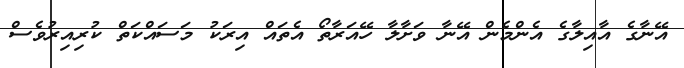
އޭނާގެ އާއިލާގެ އެންމެން އޭނާ ވަށާލާ ހޭއަރާތޯ އެތައް އިރަކު މަސައްކަތް ކުރިއިރުވެސް